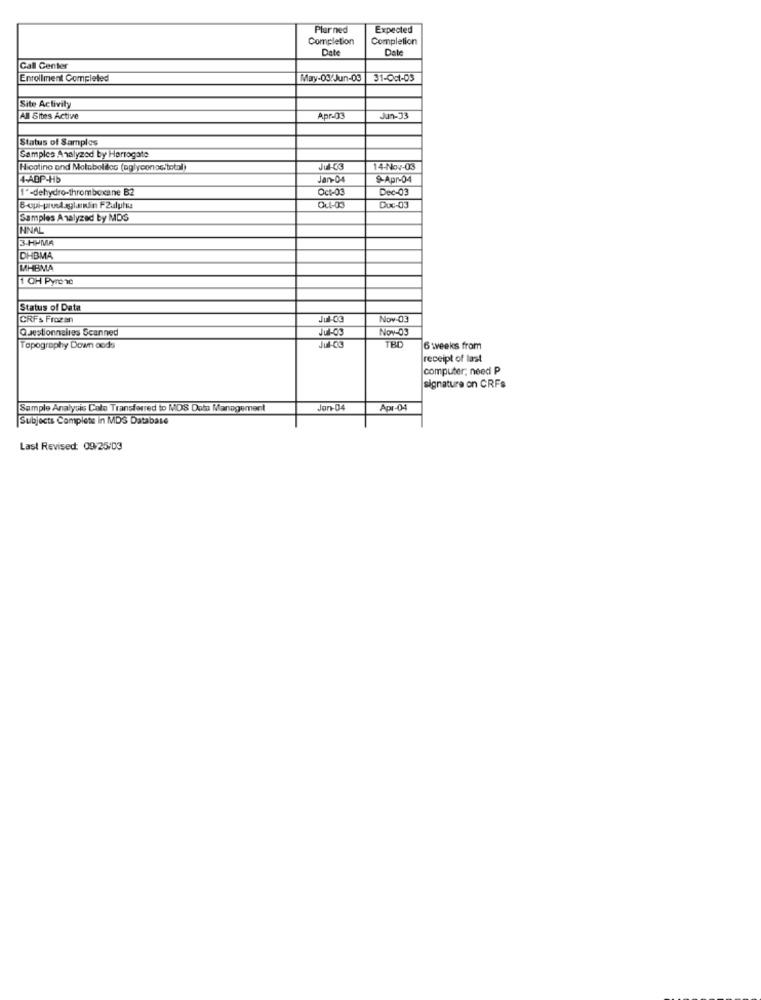
Plar ned
Expected
Completion
Completion
Date
Date
Call Center
Enrollment Completed
May-03/Jun-09
31-Oct-05
Site Activity
All Sites Active
Apr-03
Jun-33
Status of Samples
Samples Analyzed by Harrogate
Hicotino and Metabolics (aglyconocitotal)
Jul-03
14-Nov-03
4-ABP-Hb
Jan-04
9-Apr-04
1º-dehydro-thromboxane B2
Oct-03
Dec-03
Qul-03
Duc-03
Samples Analyzed by MDS
HNAL
3-HPMA
DHBMA
MHBMA
1 OH Pyrone
Status of Data
CRFs Frozen
Jul-Co
Nov-03
Questionnaires Scanned
Jul-09
Nov-03
Topography Down aods
TBD
6 weeks from
receipt of last
computer; need P
signature on CRFs
Sample Analysis Calo Transferred to MOS Dolu Management
Jan-04
Apr-04
Subjects Complete in MDS Database
Last Revised: 09/25/03